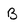
Character: B